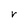
Character: r